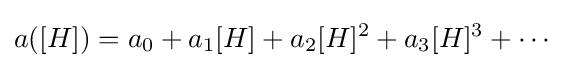
a([H])=a_{0}+a_{1}[H]+a_{2}[H]^{2}+a_{3}[H]^{3}+\cdots